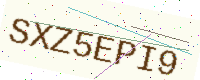
Text: SXZ5EPI9